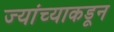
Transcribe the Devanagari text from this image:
ज्यांच्याकडून